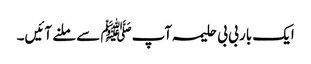
ایک بار بی بی حلیمہ آپﷺ سے ملنے آئیں۔